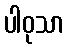
ပါဝုသာ